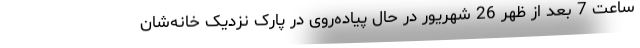
ساعت 7 بعد از ظهر 26 شهریور در حال پیاده‌روی در پارک نزدیک خانه‌شان